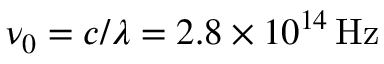
\nu _ { 0 } = c / \lambda = 2 . 8 \times 1 0 ^ { 1 4 } \, \mathrm { H z }